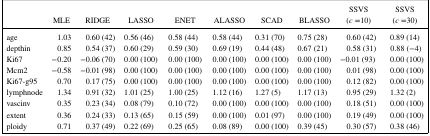
|  | MLE | RIDGE | LASSO | ENET | ALASSO | SCAD | BLASSO | SSVS (c=10) | SSVS (c=30) |
 | --- | --- | --- | --- | --- | --- | --- | --- | --- | --- |
 | age | 1.03 | 0.60 (42) | 0.56 (46) | 0.58 (44) | 0.58 (44) | 0.31 (70) | 0.75 (28) | 0.60 (42) | 0.89 (14) |
 | depthin | 0.85 | 0.54 (37) | 0.60 (29) | 0.59 (30) | 0.69 (19) | 0.44 (48) | 0.67 (21) | 0.58 (31) | 0.88 (−4) |
 | Ki67 | −0.20 | −0.06 (70) | 0.00 (100) | 0.00 (100) | 0.00 (100) | 0.00 (100) | 0.00 (100) | −0.01 (93) | 0.00 (100) |
 | Mcm2 | −0.58 | −0.01 (98) | 0.00 (100) | 0.00 (100) | 0.00 (100) | 0.00 (100) | 0.00 (100) | 0.01 (98) | 0.00 (100) |
 | Ki67‐g95 | 0.70 | 0.17 (75) | 0.00 (100) | 0.00 (100) | 0.00 (100) | 0.00 (100) | 0.00 (100) | 0.12 (82) | 0.00 (100) |
 | lymphnode | 1.34 | 0.91 (32) | 1.01 (25) | 1.00 (25) | 1.12 (16) | 1.27 (5) | 1.17 (13) | 0.95 (29) | 1.32 (2) |
 | vascinv | 0.35 | 0.23 (34) | 0.08 (79) | 0.10 (72) | 0.00 (100) | 0.00 (100) | 0.00 (100) | 0.18 (51) | 0.00 (100) |
 | extent | 0.36 | 0.24 (33) | 0.13 (65) | 0.15 (59) | 0.00 (100) | 0.01 (97) | 0.00 (100) | 0.19 (49) | 0.00 (100) |
 | ploidy | 0.71 | 0.37 (49) | 0.22 (69) | 0.25 (65) | 0.08 (89) | 0.00 (100) | 0.39 (45) | 0.30 (57) | 0.38 (46) |